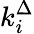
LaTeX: k_{i}^{\Delta}